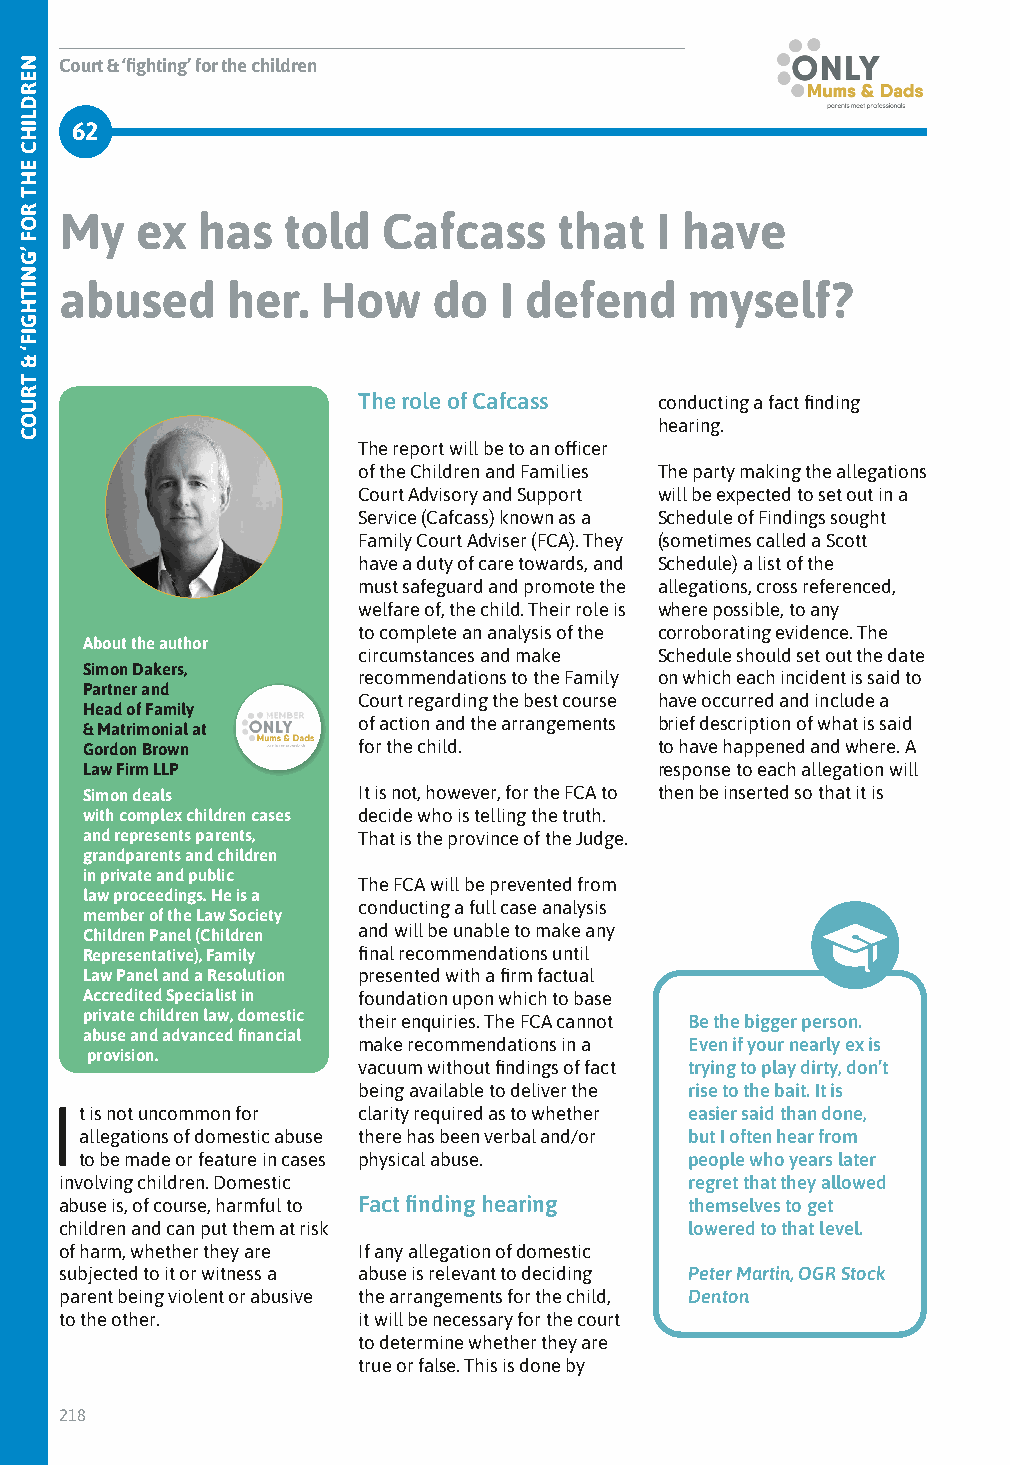
Court & ‘fighting’ for the children
 62
 My   ex  has   told  Cafcass     that  I have
 abused     her.  How     do  I defend     myself?
 The role of Cafcass conducting a fact finding
 hearing.
 The report will be to an officer
 of the Children and Families The party making the allegations
 Court Advisory and Support will be expected to set out in a
 Service (Cafcass) known as a Schedule of Findings sought
 Family Court Adviser (FCA). They (sometimes called a Scott
 have a duty of care towards, and Schedule) a list of the
 must safeguard and promote the allegations, cross referenced,
 welfare of, the child. Their role is where possible, to any
 to complete an analysis of the corroborating evidence. The
 About the author
 circumstances and make Schedule should set out the date
 Simon Dakers,
 recommendations to the Family on which each incident is said to
 Partner and
 Court regarding the best course have occurred and include a
 Head of Family
 of action and the arrangements brief description of what is said
 & Matrimonial at
 Gordon Brown       for the child.      to have happened and where. A
 Law Firm LLP                           response to each allegation will
 Simon deals        It is not, however, for the FCA to then be inserted so that it is
 with complex children cases decide who is telling the truth.
 and represents parents, That is the province of the Judge.
 grandparents and children
 in private and public
 The FCA will be prevented from
 law proceedings. He is a
 conducting a full case analysis
 member of the Law Society
 and will be unable to make any
 Children Panel (Children
 Representative), Family final recommendations until
 Law Panel and a Resolution presented with a firm factual
 Accredited Specialist in foundation upon which to base
 private children law, domestic their enquiries. The FCA cannot Be the bigger person.
 abuse and advanced financial
 make recommendations in a Even if your nearly ex is
 provision.
 vacuum without findings of fact trying to play dirty, don’t
 being available to deliver the rise to the bait. It is
 It is not uncommon for clarity required as to whether easier said than done,
 allegations of domestic abuse there has been verbal and/or but I often hear from
 to be made or feature in cases physical abuse. people who years later
 involving children. Domestic              regret that they allowed
 abuse is, of course, harmful to Fact finding hearing themselves to get
 children and can put them at risk         lowered to that level.
 of harm, whether they are If any allegation of domestic
 subjected to it or witness a abuse is relevant to deciding Peter Martin, OGR Stock
 parent being violent or abusive the arrangements for the child, Denton
 to the other.       it will be necessary for the court
 to determine whether they are
 true or false. This is done by
 218
 NERDLIHC
 EHT
 ROF
 ’GNITHGIF‘
 &
 TRUOC